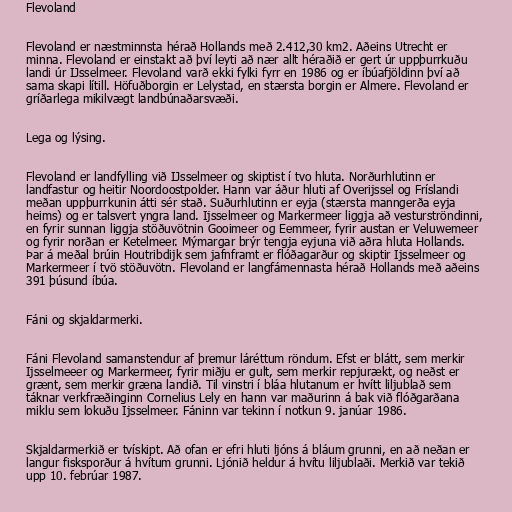
Flevoland

Flevoland er næstminnsta hérað Hollands með 2.412,30 km2. Aðeins Utrecht er
minna. Flevoland er einstakt að því leyti að nær allt héraðið er gert úr uppþurrkuðu
landi úr IJsselmeer. Flevoland varð ekki fylki fyrr en 1986 og er íbúafjöldinn því að
sama skapi lítill. Höfuðborgin er Lelystad, en stærsta borgin er Almere. Flevoland er
gríðarlega mikilvægt landbúnaðarsvæði.

Lega og lýsing.

Flevoland er landfylling við IJsselmeer og skiptist í tvo hluta. Norðurhlutinn er
landfastur og heitir Noordoostpolder. Hann var áður hluti af Overijssel og Fríslandi
meðan uppþurrkunin átti sér stað. Suðurhlutinn er eyja (stærsta manngerða eyja
heims) og er talsvert yngra land. Ijsselmeer og Markermeer liggja að vesturströndinni,
en fyrir sunnan liggja stöðuvötnin Gooimeer og Eemmeer, fyrir austan er Veluwemeer
og fyrir norðan er Ketelmeer. Mýmargar brýr tengja eyjuna við aðra hluta Hollands.
Þar á meðal brúin Houtribdijk sem jafnframt er flóðagarður og skiptir Ijsselmeer og
Markermeer í tvö stöðuvötn. Flevoland er langfámennasta hérað Hollands með aðeins
391 þúsund íbúa.

Fáni og skjaldarmerki.

Fáni Flevoland samanstendur af þremur láréttum röndum. Efst er blátt, sem merkir
Ijsselmeeer og Markermeer, fyrir miðju er gult, sem merkir repjurækt, og neðst er
grænt, sem merkir græna landið. Til vinstri í bláa hlutanum er hvítt liljublað sem
táknar verkfræðinginn Cornelius Lely en hann var maðurinn á bak við flóðgarðana
miklu sem lokuðu Ijsselmeer. Fáninn var tekinn í notkun 9. janúar 1986.

Skjaldarmerkið er tvískipt. Að ofan er efri hluti ljóns á bláum grunni, en að neðan er
langur fisksporður á hvítum grunni. Ljónið heldur á hvítu liljublaði. Merkið var tekið
upp 10. febrúar 1987.